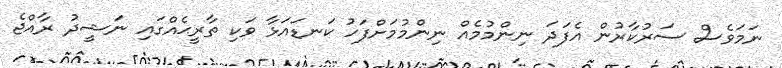
ނަމަވެސް ސަރުކާރުން އެފަދަ ނިންމުމެއް ނިންމުމަށްފަހު ކަނޑައަޅާ ވަކި ތާރީޙެއްގައި ނަޝީދު ރާއްޖެ